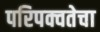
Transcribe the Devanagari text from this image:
परिपक्वतेचा